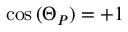
\cos { ( \Theta _ { P } ) } = + 1